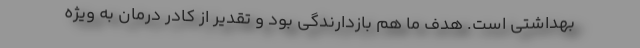
بهداشتی است. هدف ما هم بازدارندگی بود و تقدیر از کادر درمان به ویژه